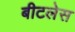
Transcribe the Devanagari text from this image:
बीटलेस